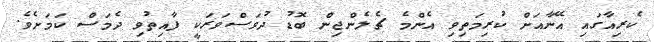
ކެރިއާގައި އޭނާއަށް ކުރިމަތިވި އެންމެ ޗެލެންޖިން ބޮޑު ދުވަސްވަރަކީ ފާއިތުވި ދެމަސް ކަމަށެވެ.